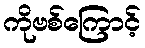
ကိုဗစ်ကြောင့်